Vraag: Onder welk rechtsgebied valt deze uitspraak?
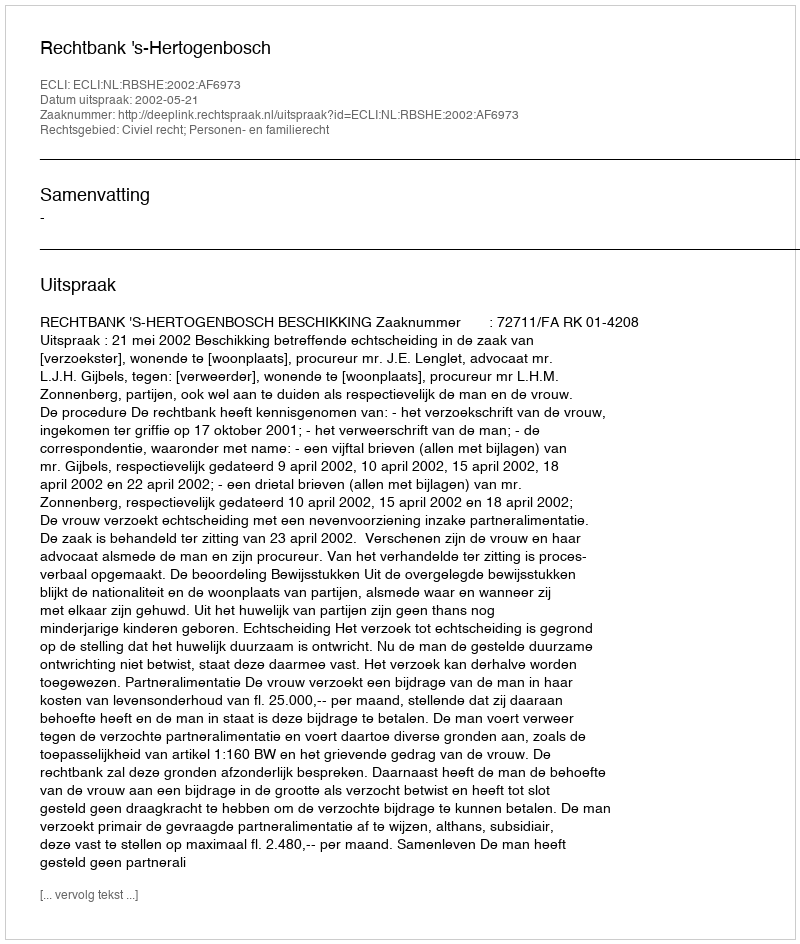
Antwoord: Civiel recht; Personen- en familierecht